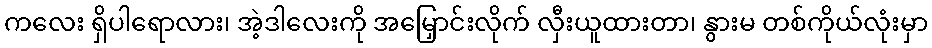
ကလေး ရှိပါရောလား၊ အဲ့ဒါလေးကို အမြှောင်းလိုက် လှီးယူထားတာ၊ နွားမ တစ်ကိုယ်လုံးမှာ